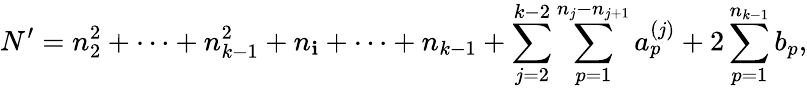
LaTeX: N^{\prime}=n_{2}^{2}+\cdots+n_{k-1}^{2}+n_{\mathbf{i}}+\cdots+n_{k-1}+\sum_{j=2}^{k-2}\sum_{p=1}^{n_{j}-n_{j+1}}a_{p}^{(j)}+2\sum_{p=1}^{n_{k-1}}b_{p},